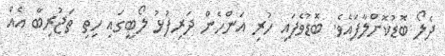
ދެލޯ ބޮޑުކޮށްލާފައެވެ. ބޮޑުވެފައި ހުރި އަންހެން ދަރިފުޅު ލޯބީގައި ހިތި ތަޖުރިބާ އެއް